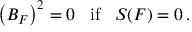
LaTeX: \left( { \cal B } _ { { \cal F } } \right) ^ { 2 } = 0 \; \; \; { \mathrm { i f } } \; \; \; { \cal S } ( { \cal F } ) = 0 \, .